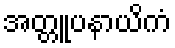
အတ္တူပနာယိကံ